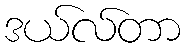
ဒယ်လ်တာ